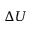
\Delta U